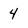
Character: 4